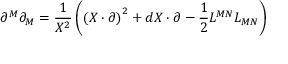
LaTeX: \partial ^ { M } \partial _ { M } = \frac { 1 } { X ^ { 2 } } \left( \left( X \cdot \partial \right) ^ { 2 } + d X \cdot \partial - \frac { 1 } { 2 } L ^ { M N } L _ { M N } \right)